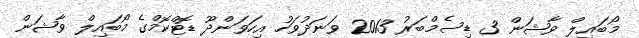
މޯބައިލް ވާޝަން 3 ޑިސެމްބަރު 2013 ވަނަދުވަހު އިހަވަންދޫ ޑޮޓްކޮމްގެ މޯބައިލް ވާޝަން